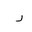
Letter: _ra